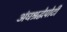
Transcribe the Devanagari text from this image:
अंधश्रद्धेपोटी